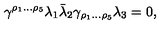
{ \gamma ^ { \rho _ { 1 } \dots \rho _ { 5 } } \lambda _ { 1 } \bar { \lambda } _ { 2 } \gamma _ { \rho _ { 1 } \dots \rho _ { 5 } } \lambda _ { 3 } = 0 , }